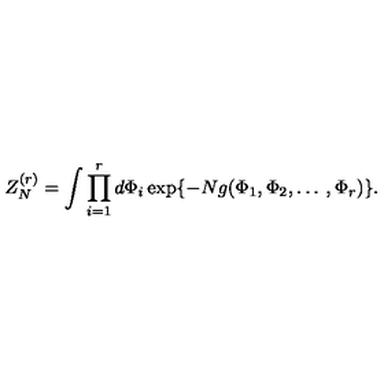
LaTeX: Z _ { N } ^ { ( r ) } = \int \prod _ { i = 1 } ^ { r } d \Phi _ { i } \exp \{ - N g ( \Phi _ { 1 } , \Phi _ { 2 } , \ldots \: , \Phi _ { r } ) \} .